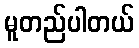
မူတည်ပါတယ်